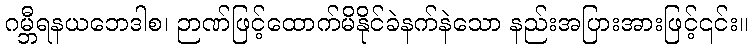
ဂမ္ဘီရနယဘေဒါစ၊ ဉာဏ်ဖြင့်ထောက်မိနိုင်ခဲနက်နဲသော နည်းအပြားအားဖြင့်၎င်း။